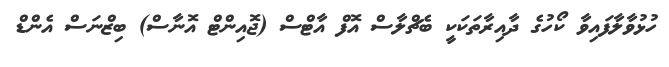
ހުޅުވާލާފައިވާ ކޯހުގެ ދާއިރާތަކަކީ ބެޗްލާސް އޮފް އާޓްސް (ޖޮއިންޓް އޮނާސް) ބިޒްނަސް އެންޑް